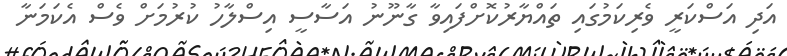
އަދި އަސްކަރީ ވެރިކަމުގައި ތައްޔާރުކޮށްފައިވާ ގާނޫނު އަސާސީ އިސްލާހު ކުރުމަށް ވެސް އެކަމަނާ